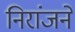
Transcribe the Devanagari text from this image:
निरांजने